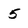
Character: 5